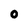
Character: O